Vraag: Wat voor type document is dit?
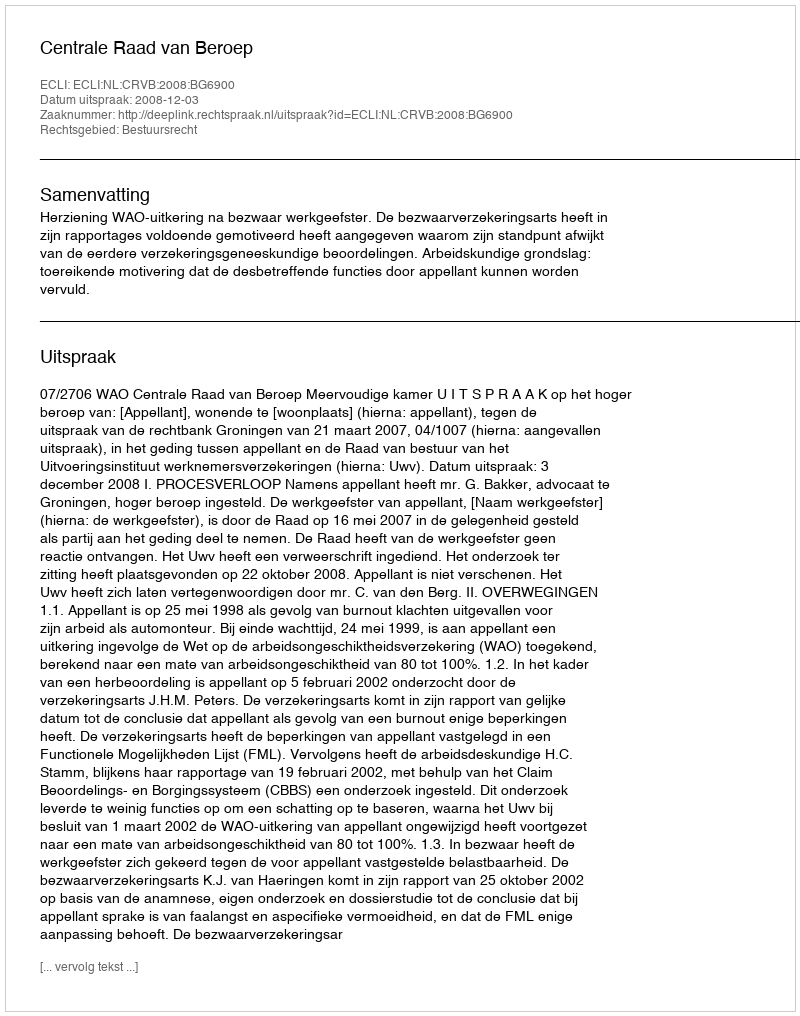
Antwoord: Uitspraak